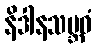
နိဒါနသမ္ဘဝံ